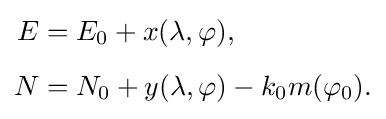
{\begin{aligned}E&=E_{0}+x(\lambda ,\varphi ),\\[5px]N&=N_{0}+y(\lambda ,\varphi )-k_{0}m(\varphi _{0}).\end{aligned}}